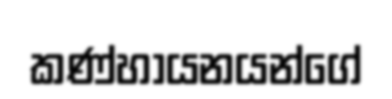
කණ්හායනයන්ගේ